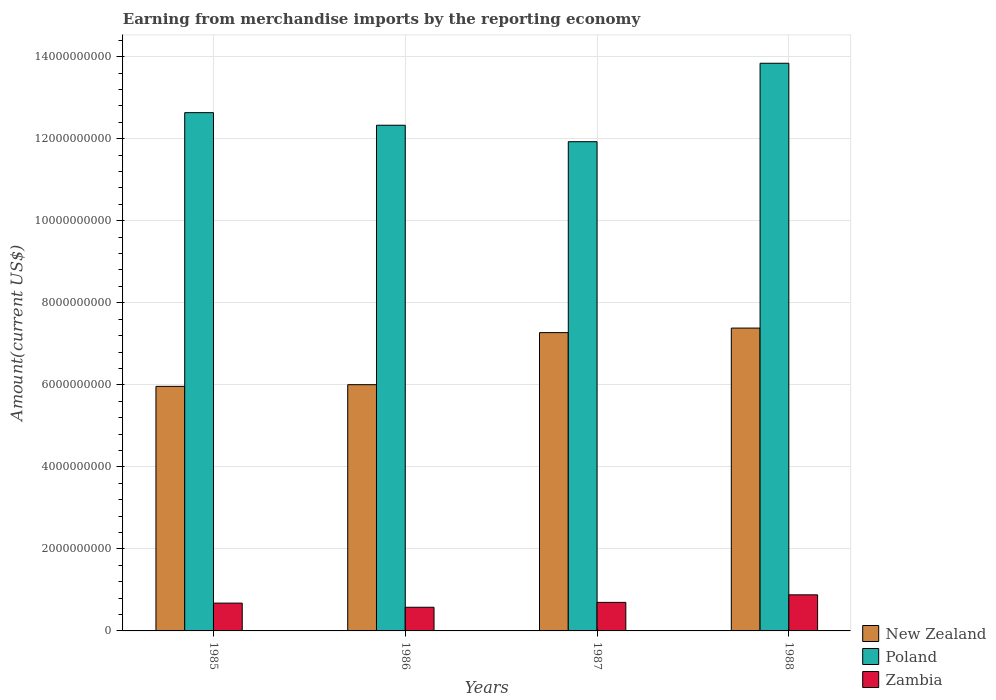
| Years | New Zealand | Poland | Zambia |
 | --- | --- | --- | --- |
 | 1985 | 5.96e+09 | 1.26e+10 | 6.78e+08 |
 | 1986 | 6e+09 | 1.23e+10 | 5.77e+08 |
 | 1987 | 7.27e+09 | 1.19e+10 | 6.96e+08 |
 | 1988 | 7.38e+09 | 1.38e+10 | 8.8e+08 |